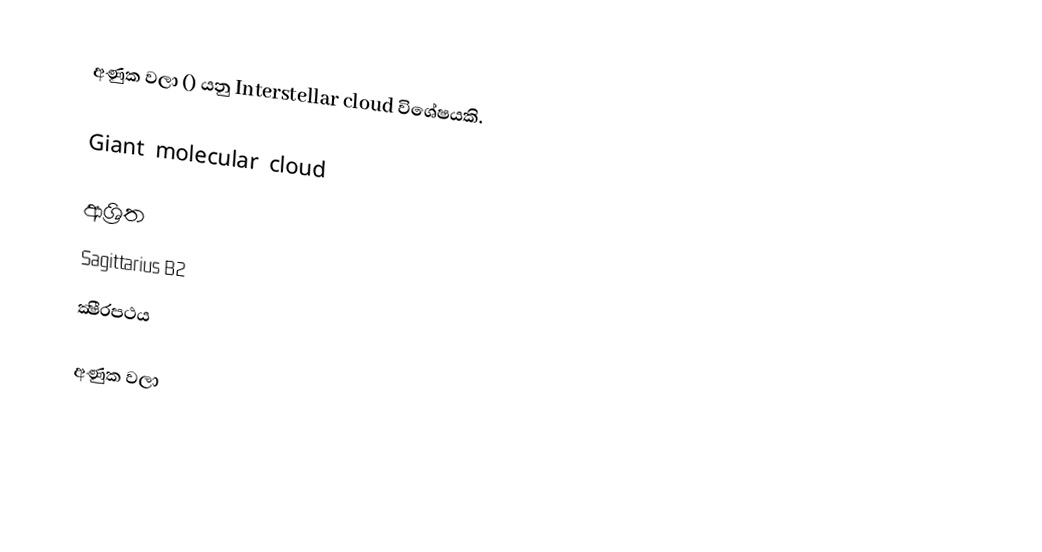
අණුක වලා () යනු Interstellar cloud විශේෂයකි.

Giant molecular cloud

ආශ්‍රිත
 Sagittarius B2
 ක්‍ෂීරපථය

අණුක වලා